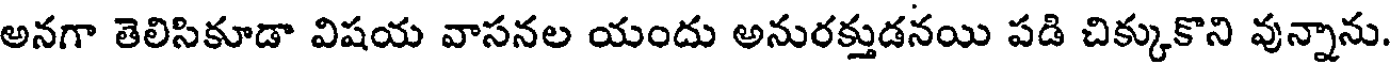
అనగా తెలిసికూడా విషయ వాసనల యందు అనురక్తుడనయి పడి చిక్కుకొని వున్నాను